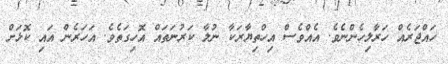
ހައްޖަރެއް ހަރާލިހެންނެވެ. އެއްވެސް އިހްތިޔާރަކާ ނުލާ ކަރުނަތައް އޮހިގަތެވެ. އަހަރެން އައި ކޮޅަށް